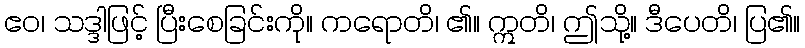
ဧဝ၊ သဒ္ဒါဖြင့် ပြီးစေခြင်းကို။ ကရောတိ၊ ၏။ ဣတိ၊ ဤသို့။ ဒီပေတိ၊ ပြ၏။